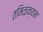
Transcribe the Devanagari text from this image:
तमिळक्कम